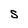
Character: S